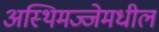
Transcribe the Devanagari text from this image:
अस्थिमज्जेमधील